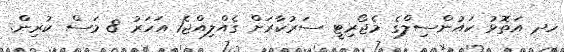
ހދ އަތޮޅު ކައުންސިލްގެ މެޖޯރިޓީ ސަރުކާރަށް ގެއްލިއްޖެ1 އަހަރު 8 މަސް ކުރިން.